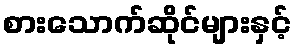
စားသောက်ဆိုင်များနှင့်